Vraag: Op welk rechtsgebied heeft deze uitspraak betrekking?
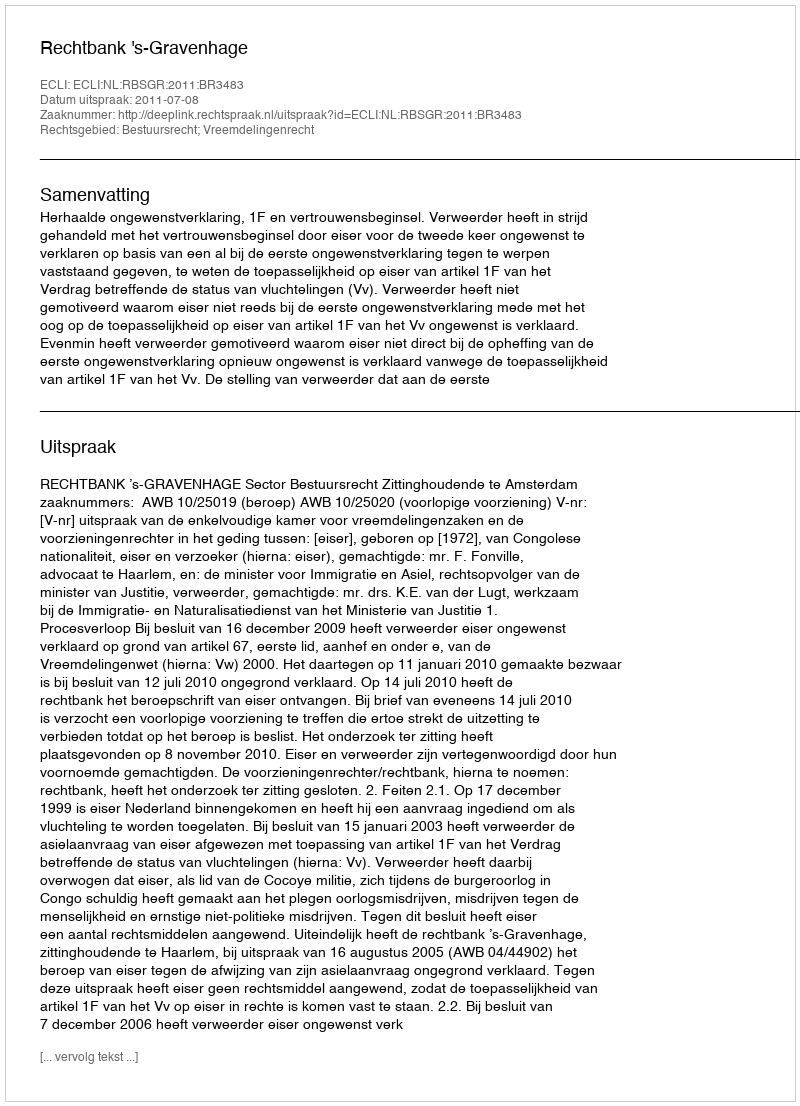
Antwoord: Bestuursrecht; Vreemdelingenrecht